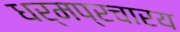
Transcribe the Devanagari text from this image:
धर्मप्रचारय